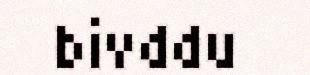
bivddu